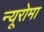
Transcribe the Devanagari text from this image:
न्यूरोमा